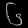
Digit: ၆